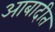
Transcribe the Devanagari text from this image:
आबादीत